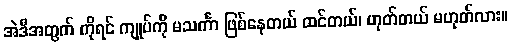
အဲဒီအတွက် ကိုရင် ကျုပ်ကို မသင်္ကာ ဖြစ်နေတယ် ထင်တယ်၊ ဟုတ်တယ် မဟုတ်လား။